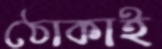
ঠোকাই